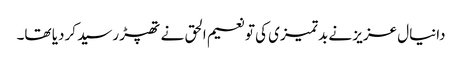
دانیال عزیز نے بدتمیزی کی تو نعیم الحق نے تھپڑ رسید کردیا تھا۔